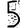
Digit: 5